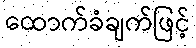
ထောက်ခံချက်ဖြင့်